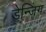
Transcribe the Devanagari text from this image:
डेन्जिंग